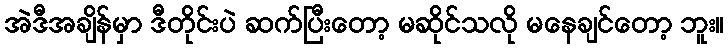
အဲဒီအချိန်မှာ ဒီတိုင်းပဲ ဆက်ပြီးတော့ မဆိုင်သလို မနေချင်တော့ ဘူး။